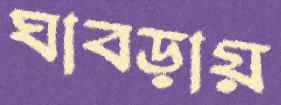
ঘাবড়ায়